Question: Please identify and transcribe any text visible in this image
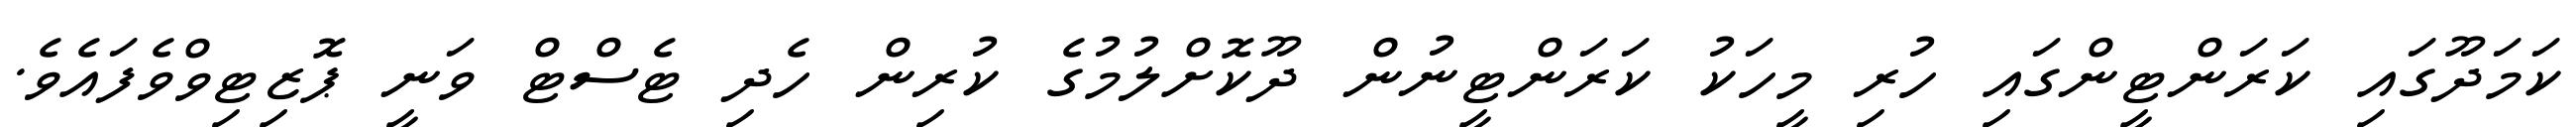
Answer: ކަމަދޫގައި ކަރަންޓީންގައި ހުރި މީހަކު ކަރަންޓީނުން ދޫކޮށްލުމުގެ ކުރިން ހެދި ޓެސްޓް ވަނީ ޕޮޒިޓިވްވެފައެވެ.